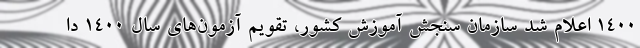
۱۴۰۰ اعلام شد سازمان سنجش آموزش کشور، تقویم آزمون‌های سال ۱۴۰۰ دا